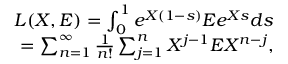
\begin{array} { r } { L ( X , E ) = \int _ { 0 } ^ { 1 } { e ^ { X ( 1 - s ) } } E e ^ { X s } d s } \\ { = \sum _ { n = 1 } ^ { \infty } \frac { 1 } { n ! } \sum _ { j = 1 } ^ { n } X ^ { j - 1 } E X ^ { n - j } , } \end{array}